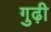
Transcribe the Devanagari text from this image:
गुढ़ी